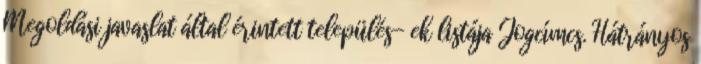
Megoldási javaslat által érintett település- ek listája Jogcímcs. Hátrányos